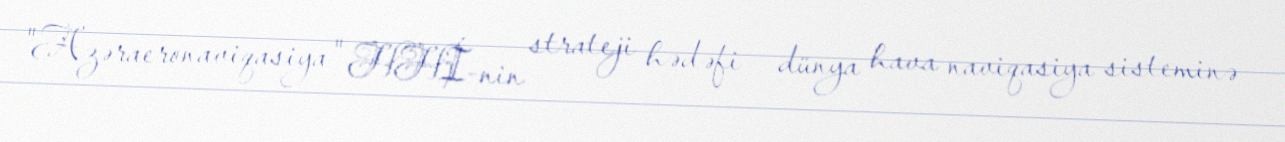
"Azəraeronaviqasiya" HHİ-nin strateji hədəfi – dünya hava naviqasiya sisteminə